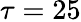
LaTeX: \tau=25